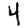
Digit: 4